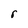
Character: r